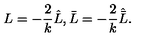
L = - \frac { 2 } { k } \hat { L } , \bar { L } = - \frac { 2 } { k } \hat { \bar { L } } .